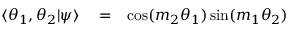
\begin{array} { r l r } { \langle \theta _ { 1 } , \theta _ { 2 } | \psi \rangle } & { { } = } & { \cos ( m _ { 2 } \theta _ { 1 } ) \sin ( m _ { 1 } \theta _ { 2 } ) } \end{array}